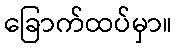
ခြောက်ထပ်မှာ။